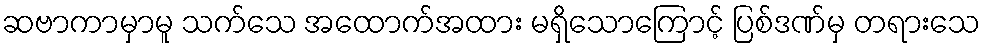
ဆဗာကာမှာမူ သက်သေ အထောက်အထား မရှိသောကြောင့် ပြစ်ဒဏ်မှ တရားသေ